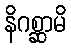
နိဂစ္ဆာမိ